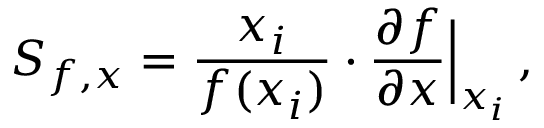
S _ { f , x } = \frac { x _ { i } } { f ( x _ { i } ) } \cdot \frac { \partial f } { \partial x } \Bigr \rvert _ { x _ { i } } \, ,